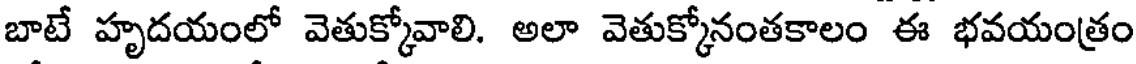
బాటే హృదయంలో వెతుక్కోవాలి. అలా వెతుక్కోనంతకాలం ఈ భవయంత్రం